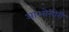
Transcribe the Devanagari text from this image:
आओमोरी